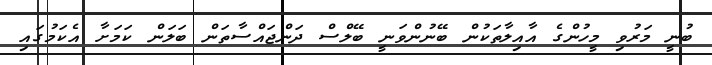
ބުނީ މަރުވި މީހުންގެ އާއިލާތަކުން ބޭނުންވަނީ ބޭލްސް ދަންޖައްސާތަން ބަލަން ކަމަށާ އެކަމުގައި